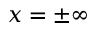
x = \pm \infty